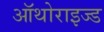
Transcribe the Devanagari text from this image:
ऑथोराइज्ड